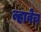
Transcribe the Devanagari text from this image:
व्हावेच